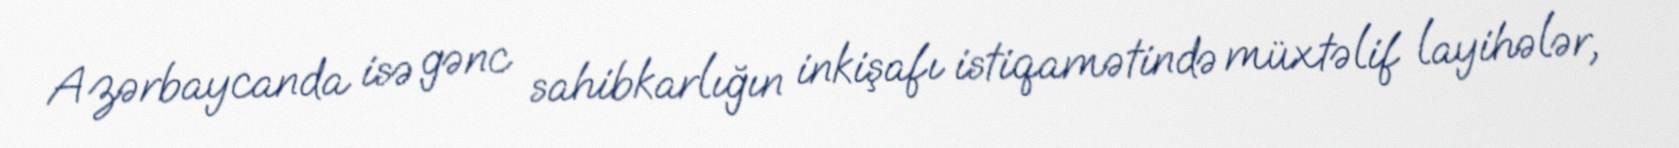
Azərbaycanda isə gənc sahibkarlığın inkişafı istiqamətində müxtəlif layihələr,